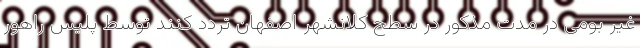
غیر بومی در مدت مذکور در سطح کلانشهر اصفهان تردد کنند توسط پلیس راهور